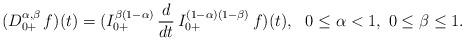
LaTeX: \begin{align*}(D^{\alpha,\beta}_{0+}\, f)(t) = (I_{0+}^{\beta(1-\alpha)}\, \frac{d}{dt}\, I_{0+}^{(1-\alpha)(1-\beta)}\, f)(t),\ \ 0 \le \alpha < 1, \ 0 \le \beta \le 1.\end{align*}